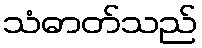
သံဓာတ်သည်